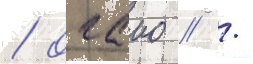
/ огаио // /